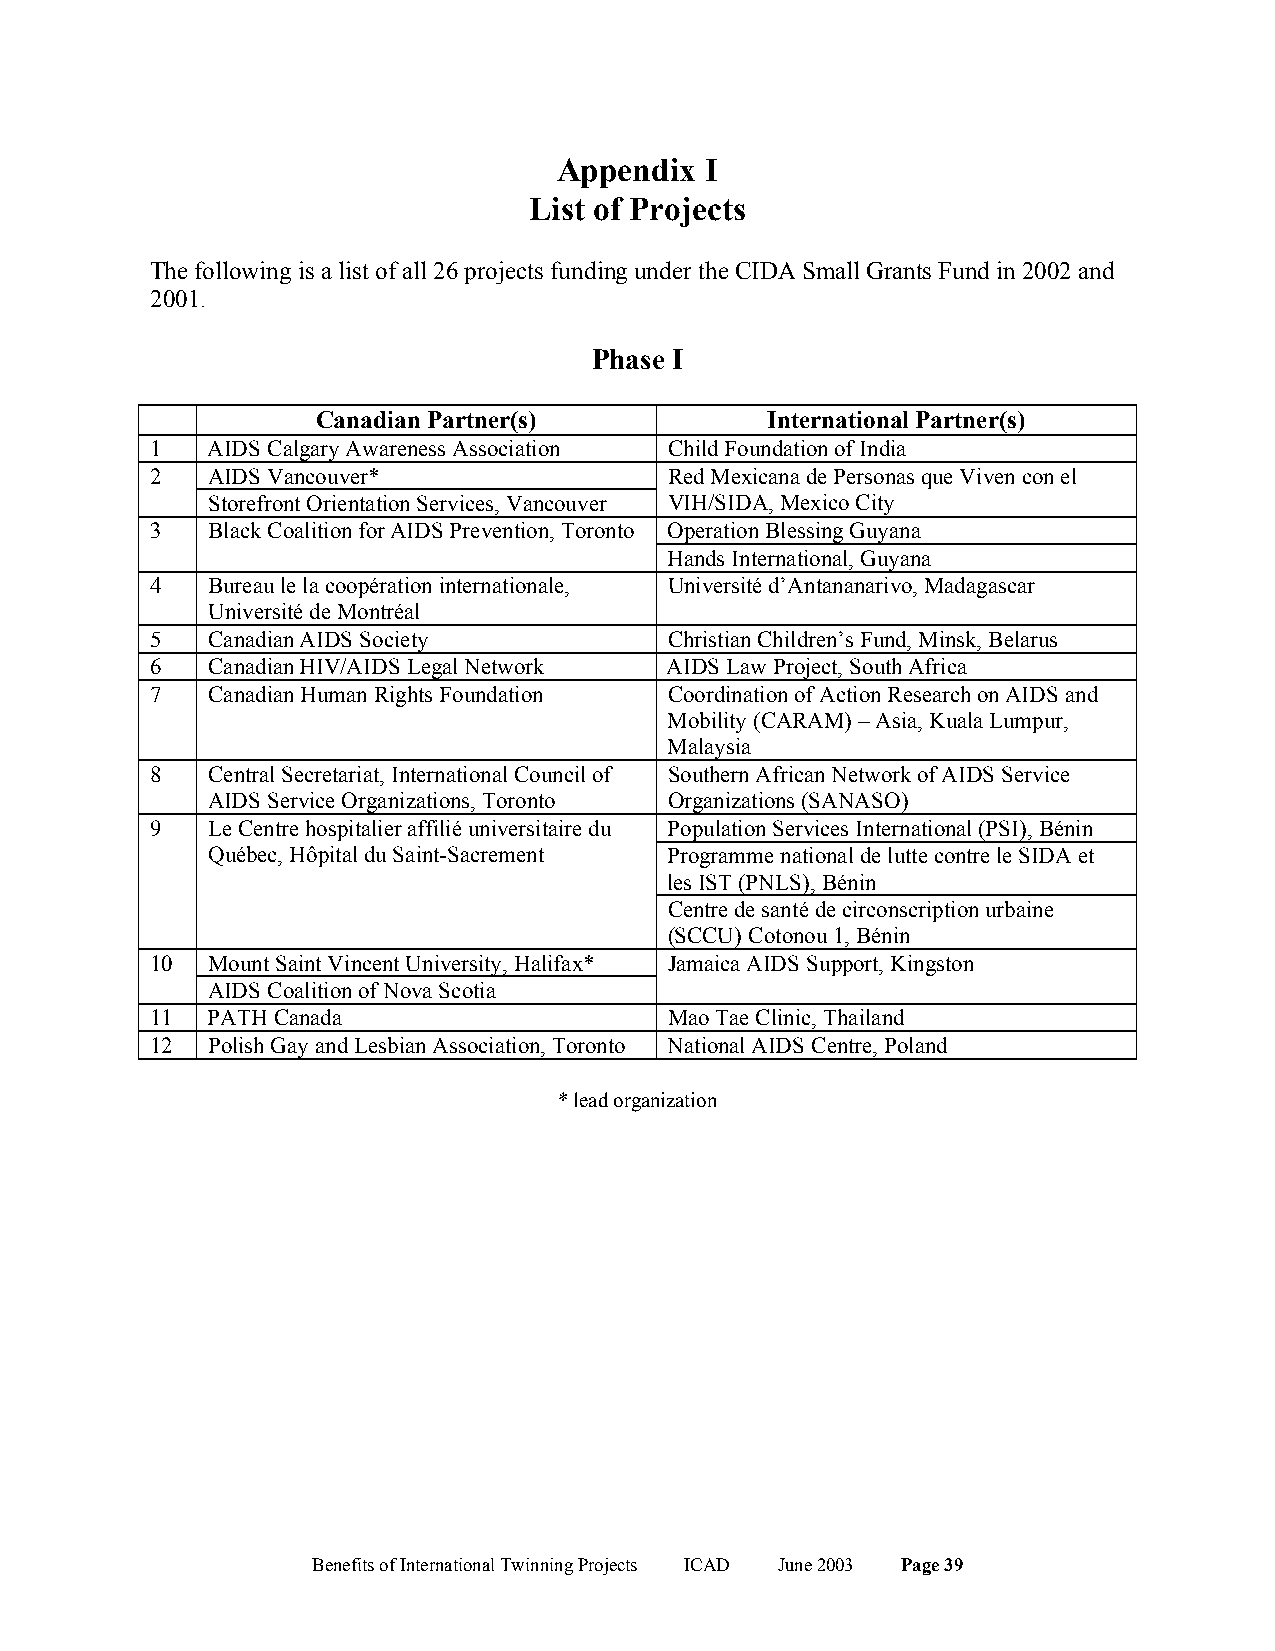
Appendix  I
 List of Projects
 The following is a list of all 26 projects funding under the CIDA Small Grants Fund in 2002 and
 2001.
 Phase I
 Canadian Partner(s)           International Partner(s)
 1   AIDS Calgary Awareness Association Child Foundation of India
 2   AIDS Vancouver*               Red Mexicana de Personas que Viven con el
 Storefront Orientation Services, Vancouver VIH/SIDA, Mexico City
 3   Black Coalition for AIDS Prevention, Toronto Operation Blessing Guyana
 Hands International, Guyana
 4   Bureau le la coopération internationale, Université d’Antananarivo, Madagascar
 Université de Montréal
 5   Canadian AIDS Society         Christian Children’s Fund, Minsk, Belarus
 6   Canadian HIV/AIDS Legal Network AIDS Law Project, South Africa
 7   Canadian Human Rights Foundation Coordination of Action Research on AIDS and
 Mobility (CARAM) – Asia, Kuala Lumpur,
 Malaysia
 8   Central Secretariat, International Council of Southern African Network of AIDS Service
 AIDS Service Organizations, Toronto Organizations (SANASO)
 9   Le Centre hospitalier affilié universitaire du Population Services International (PSI), Bénin
 Québec, Hôpital du Saint-Sacrement Programme national de lutte contre le SIDA et
 les IST (PNLS), Bénin
 Centre de santé de circonscription urbaine
 (SCCU) Cotonou 1, Bénin
 10  Mount Saint Vincent University, Halifax* Jamaica AIDS Support, Kingston
 AIDS Coalition of Nova Scotia
 11  PATH Canada                   Mao Tae Clinic, Thailand
 12  Polish Gay and Lesbian Association, Toronto National AIDS Centre, Poland
 * lead organization
 Benefits of International Twinning Projects ICAD June 2003 Page 39